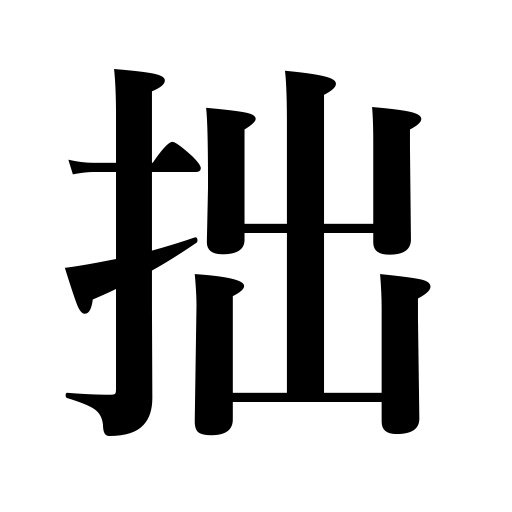
Meanings: clumsy,bungling,unskillful